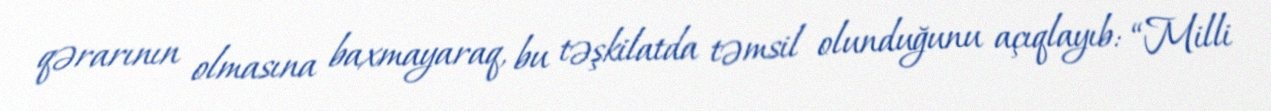
qərarının olmasına baxmayaraq, bu təşkilatda təmsil olunduğunu açıqlayıb: “Milli